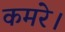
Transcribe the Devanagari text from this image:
कमरे।